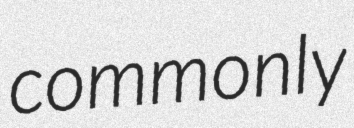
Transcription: commonly